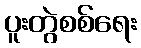
ပူးတွဲစစ်ရေး